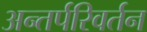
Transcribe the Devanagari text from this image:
अन्तर्परिवर्तन